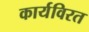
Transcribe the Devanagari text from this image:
कार्यविरत